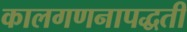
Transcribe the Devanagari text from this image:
कालगणनापद्धती